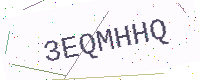
Text: 3EQMHHQ